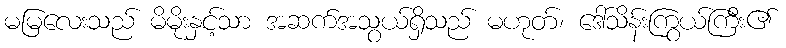
မမြလေးသည် မိမိုးနှင့်သာ အဆက်အသွယ်ရှိသည် မဟုတ်၊ ဒေါ်သိန်းကြွယ်ကြီး၏